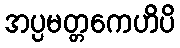
အပ္ပမတ္တကေဟိပိ